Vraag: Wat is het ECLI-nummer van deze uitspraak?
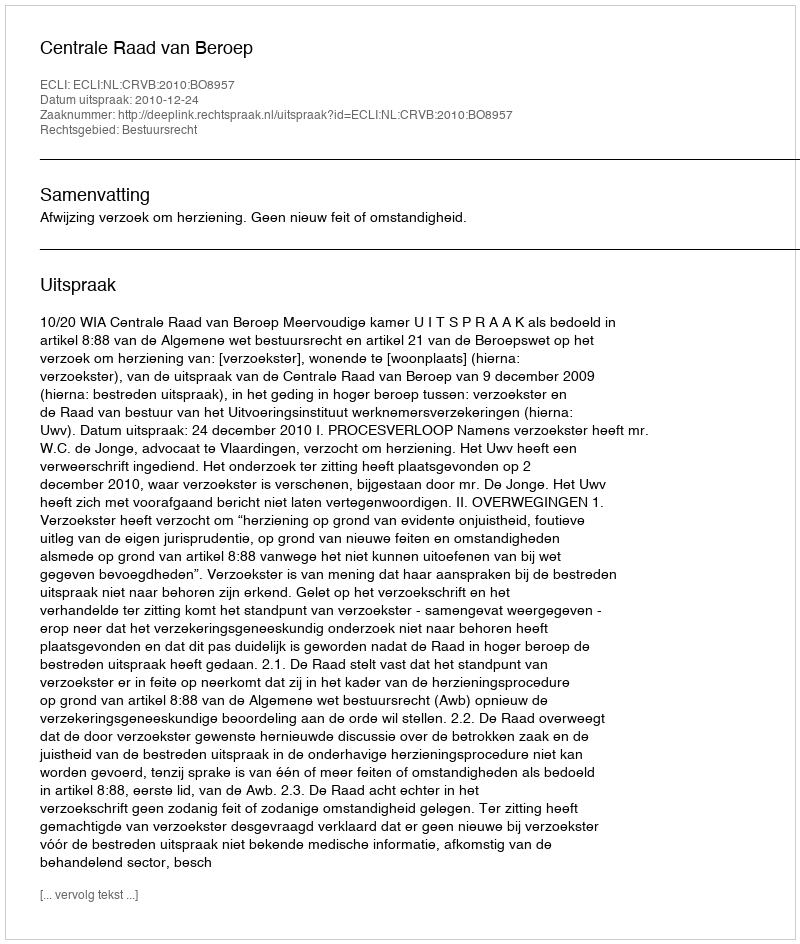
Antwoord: ECLI:NL:CRVB:2010:BO8957